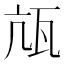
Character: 㼚